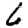
Digit: 6